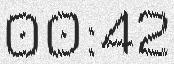
00:42